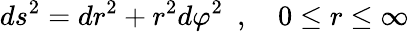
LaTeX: ds^{2}=dr^{2}+r^{2}d\varphi^{2}~~,~~~~0\leq r\leq\infty